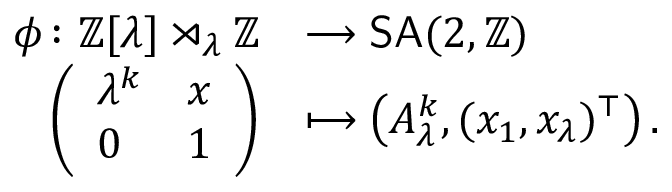
\begin{array} { r l } { \phi \colon \mathbb { Z } [ \lambda ] \rtimes _ { \lambda } \mathbb { Z } } & { \longrightarrow \mathsf { S A } ( 2 , \mathbb { Z } ) } \\ { \left( \begin{array} { l l } { \lambda ^ { k } } & { x } \\ { 0 } & { 1 } \end{array} \right) } & { \longmapsto \left( A _ { \lambda } ^ { k } , ( x _ { 1 } , x _ { \lambda } ) ^ { \top } \right) . } \end{array}